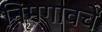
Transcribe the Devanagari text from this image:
निमगावचे